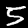
Digit: 5